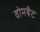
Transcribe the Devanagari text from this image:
वोमबैट